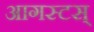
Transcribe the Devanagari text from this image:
आगस्टस्